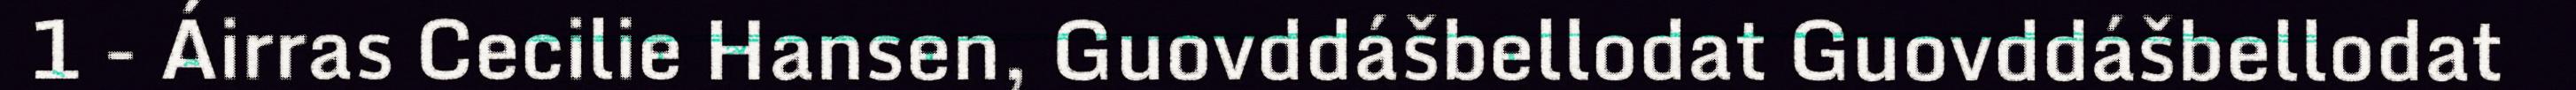
1 - Áirras Cecilie Hansen, Guovddášbellodat Guovddášbellodat